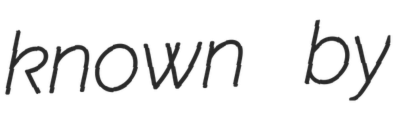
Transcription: known by